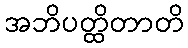
အဘိပတ္ထိတာတိ